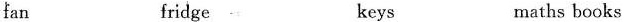
fan fridge keys mathsbooks